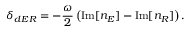
\delta _ { d E R } = - \frac { \omega } { 2 } \left( \mathrm { I m } [ n _ { E } ] - \mathrm { I m } [ n _ { R } ] \right) .